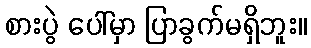
စားပွဲ ပေါ်မှာ ပြာခွက်မရှိဘူး။